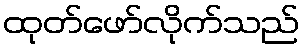
ထုတ်ဖော်လိုက်သည်